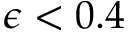
\epsilon < 0 . 4